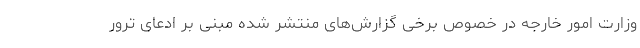
وزارت امور خارجه در خصوص برخی گزارش‌های منتشر شده مبنی بر ادعای ترور